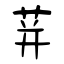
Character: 荓